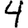
Digit: 4